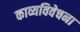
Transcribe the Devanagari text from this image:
काव्यविवेचना